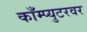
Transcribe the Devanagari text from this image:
काँम्प्युटरवर